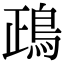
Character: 鴊